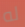
له